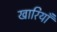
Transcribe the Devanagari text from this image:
खारियाँ